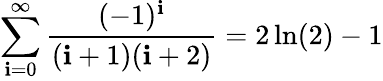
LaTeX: \sum_{\mathbf{i}=0}^{\infty}{\frac{{(-1)^{\mathbf{i}}}}{{(\mathbf{i}+1)(\mathbf{i}+2)}}}=2\ln(2)-1